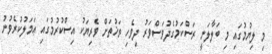
މި ލިޔުމުގައި މި ބަލާލަނީ ރަސްކަމުގެދުވަސްވަރު ދިވެހި ތަޚުތަށް ވެރިޔަކު އިސްކުރުމުގައި ޢަމަލުކުރެވުނު